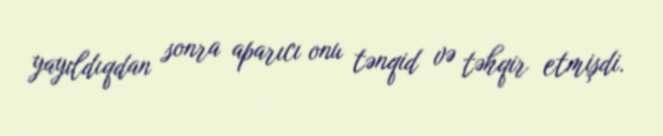
yayıldıqdan sonra aparıcı onu tənqid və təhqir etmişdi.